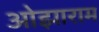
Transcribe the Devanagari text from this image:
ओझाराम